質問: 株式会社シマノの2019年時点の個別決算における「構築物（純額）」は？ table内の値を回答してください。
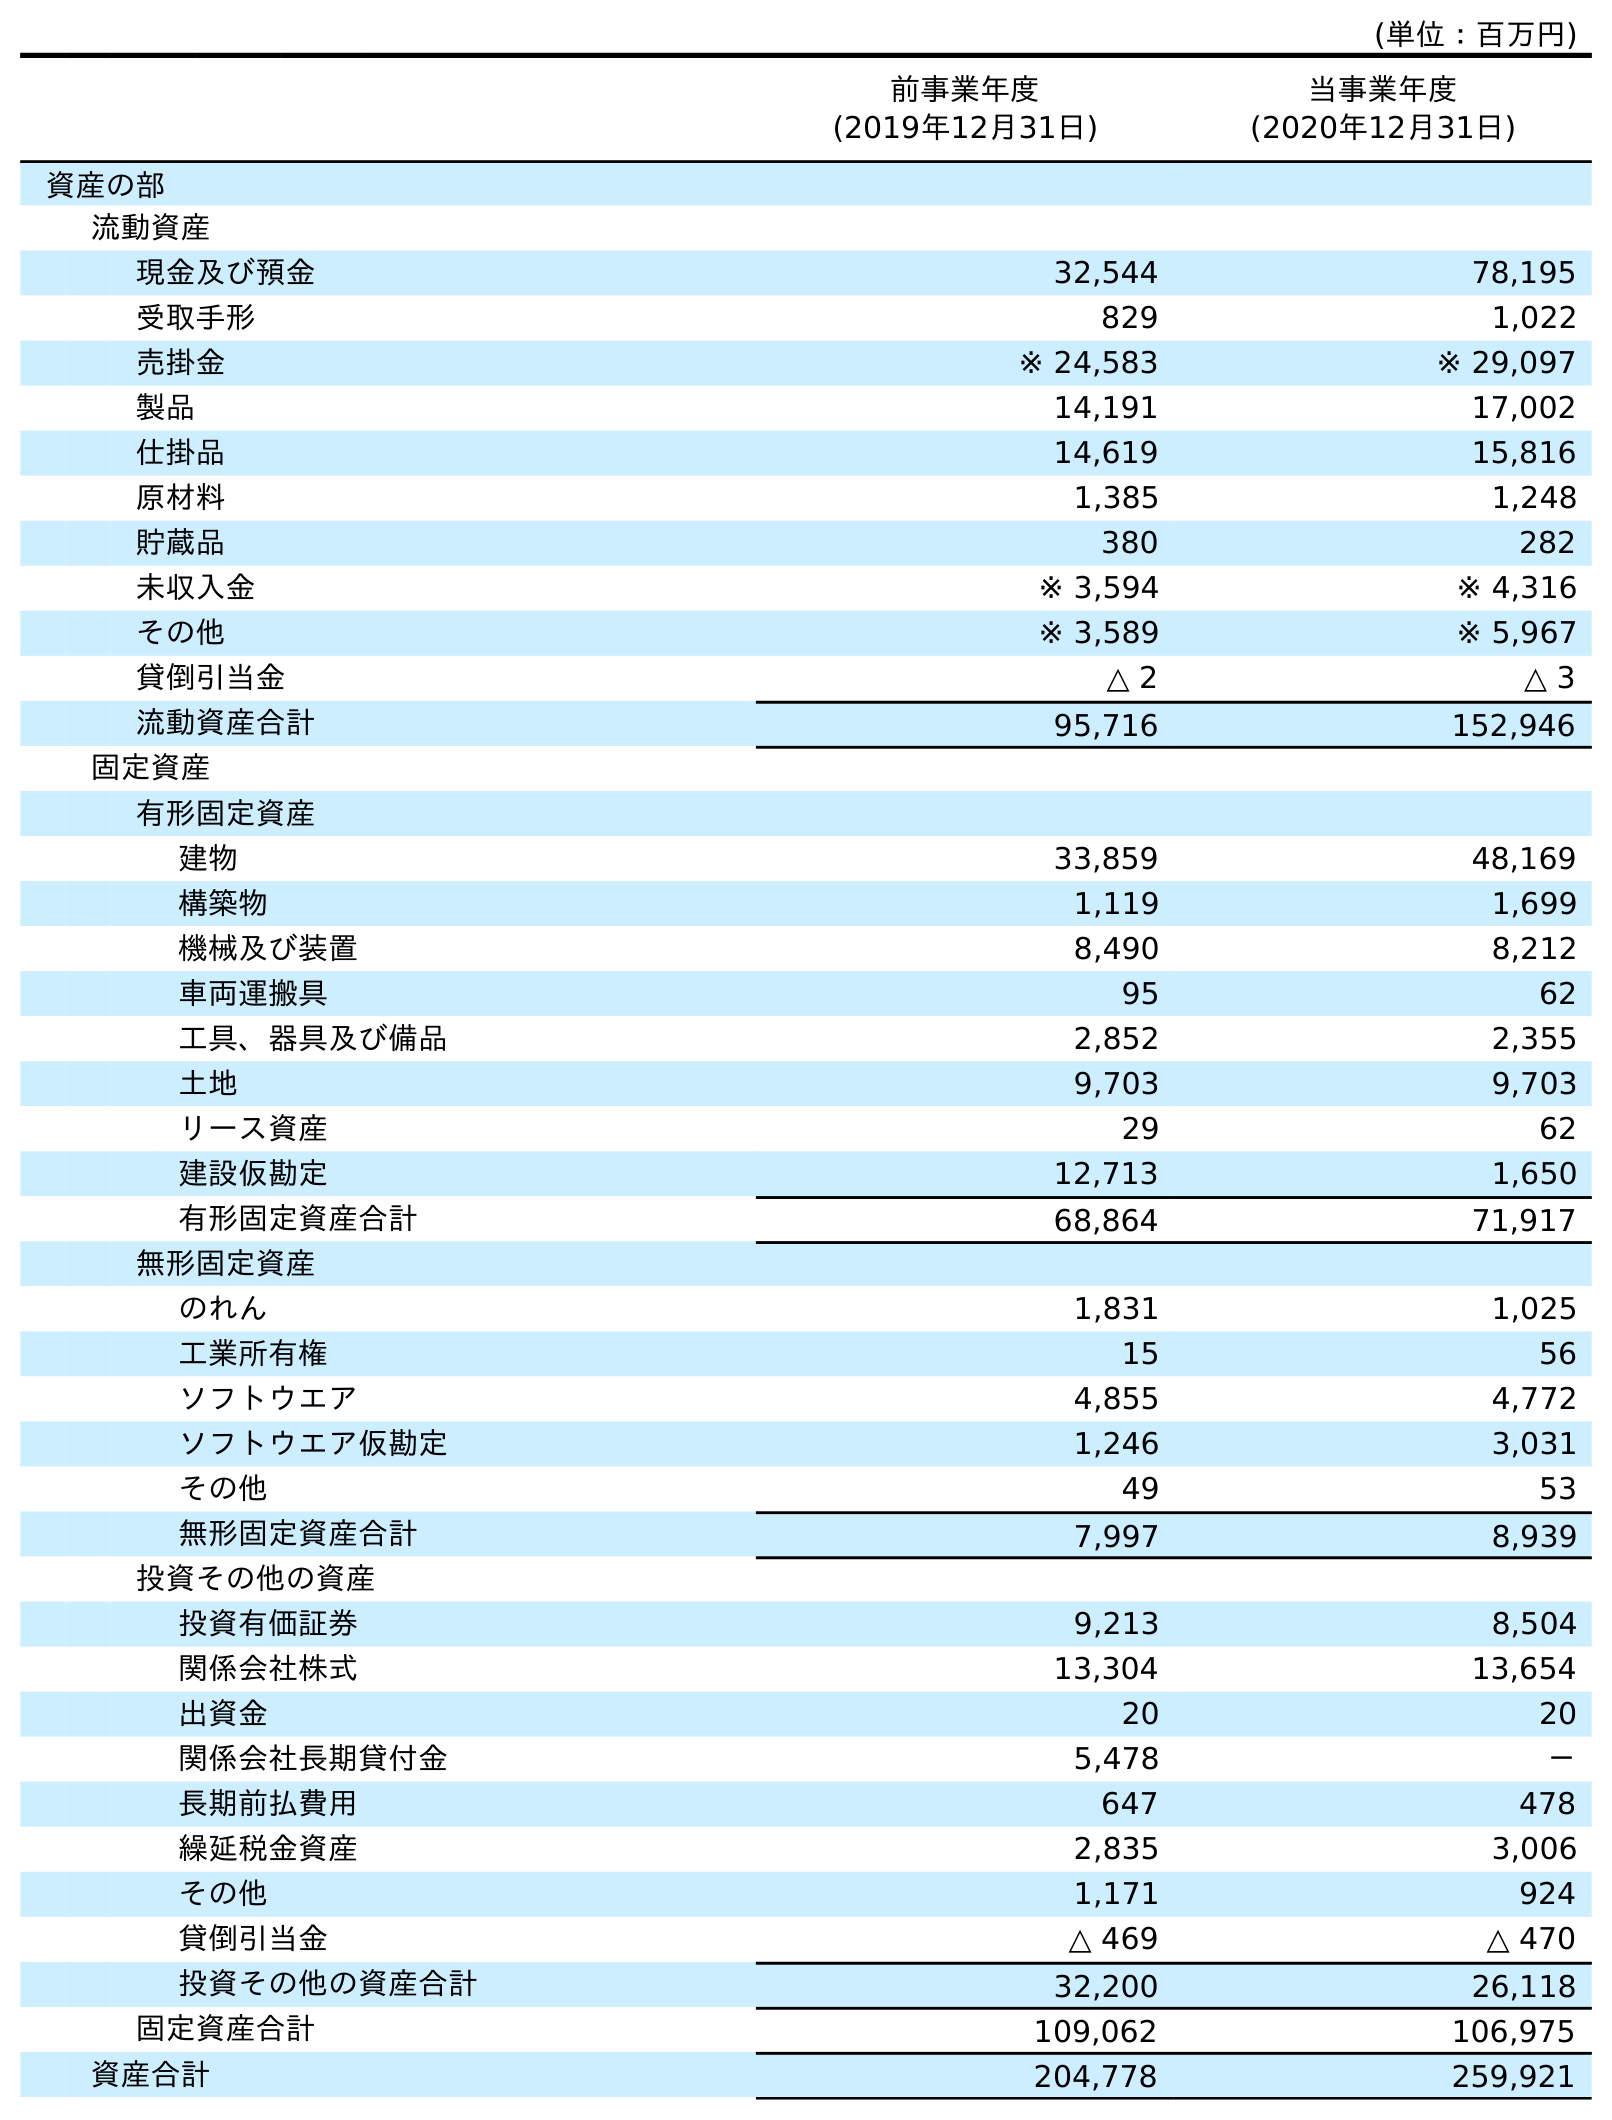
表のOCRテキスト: (単位：百万円) 前事業年度 (2019年12月31日) 当事業年度 (2020年12月31日) 資産の部 流動資産 現金及び預金 32,544 78,195 受取手形 829 1,022 売掛金 ※ 24,583 ※ 29,097 製品 14,191 17,002 仕掛品 14,619 15,816 原材料 1,385 1,248 貯蔵品 380 282 未収入金 ※ 3,594 ※ 4,316 その他 ※ 3,589 ※ 5,967 貸倒引当金 △ 2 △ 3 流動資産合計 95,716 152,946 固定資産 有形固定資産 建物 33,859 48,169 構築物 1,119 1,699 機械及び装置 8,490 8,212 車両運搬具 95 62 工具、器具及び備品 2,852 2,355 土地 9,703 9,703 リース資産 29 62 建設仮勘定 12,713 1,650 有形固定資産合計 68,864 71,917 無形固定資産 のれん 1,831 1,025 工業所有権 15 56 ソフトウエア 4,855 4,772 ソフトウエア仮勘定 1,246 3,031 その他 49 53 無形固定資産合計 7,997 8,939 投資その他の資産 投資有価証券 9,213 8,504 関係会社株式 13,304 13,654 出資金 20 20 関係会社長期貸付金 5,478 － 長期前払費用 647 478 繰延税金資産 2,835 3,006 その他 1,171 924 貸倒引当金 △ 469 △ 470 投資その他の資産合計 32,200 26,118 固定資産合計 109,062 106,975 資産合計 204,778 259,921
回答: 1,119